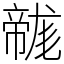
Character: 𢅛